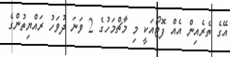
އޭގެ ތެރެއިން އެއް ފޮޓޯއަކީ މި މާޗްމަހުގެ 2 ވަނަ ދުވަހު ރައްޔިތުންގެ